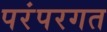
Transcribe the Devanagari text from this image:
परंपरगत